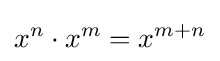
x^{n}\cdot x^{m}=x^{m+n}